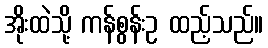
အိုးထဲသို့ ကန်စွန်းဥ ထည့်သည်။